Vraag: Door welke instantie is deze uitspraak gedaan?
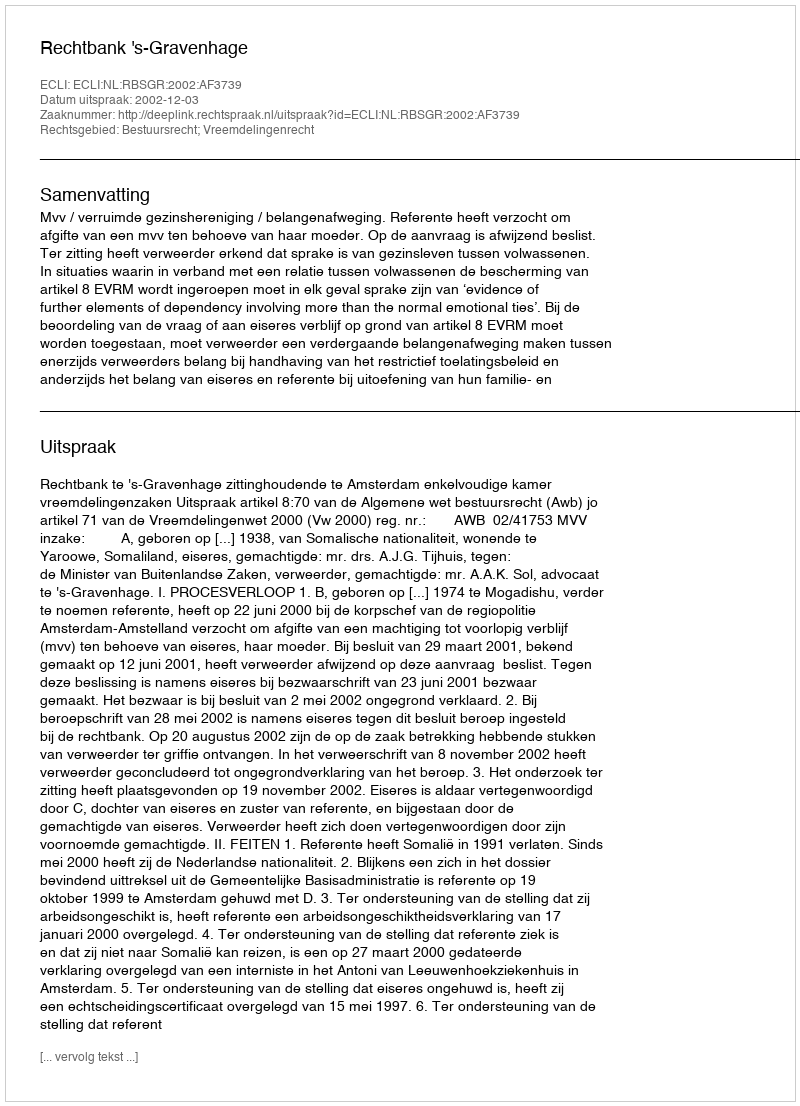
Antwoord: Rechtbank 's-Gravenhage